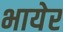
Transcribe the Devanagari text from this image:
भायेर